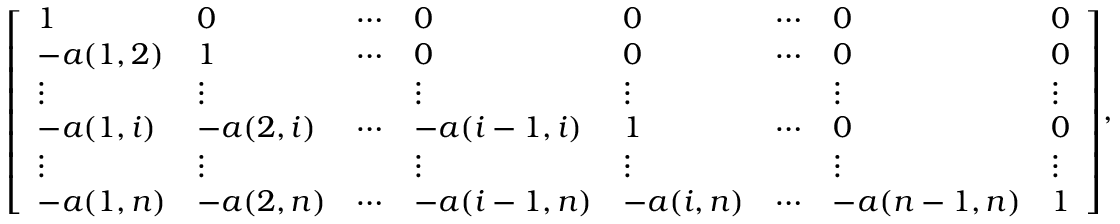
{ \left[ \begin{array} { l l l l l l l l } { 1 } & { 0 } & { \cdots } & { 0 } & { 0 } & { \cdots } & { 0 } & { 0 } \\ { - a ( 1 , 2 ) } & { 1 } & { \cdots } & { 0 } & { 0 } & { \cdots } & { 0 } & { 0 } \\ { \vdots } & { \vdots } & & { \vdots } & { \vdots } & & { \vdots } & { \vdots } \\ { - a ( 1 , i ) } & { - a ( 2 , i ) } & { \cdots } & { - a ( i - 1 , i ) } & { 1 } & { \cdots } & { 0 } & { 0 } \\ { \vdots } & { \vdots } & & { \vdots } & { \vdots } & & { \vdots } & { \vdots } \\ { - a ( 1 , n ) } & { - a ( 2 , n ) } & { \cdots } & { - a ( i - 1 , n ) } & { - a ( i , n ) } & { \cdots } & { - a ( n - 1 , n ) } & { 1 } \end{array} \right] } ,